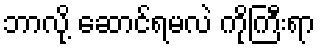
ဘာလို့ ဆောင်ရမလဲ ကိုကြီးရာ